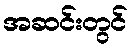
အဆင်းတွင်